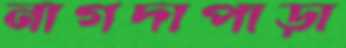
নাগদাপাড়া